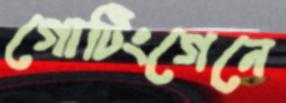
গোটিংগেনে